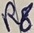
Text: R8